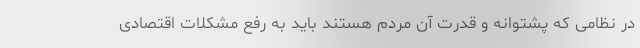
در نظامی که پشتوانه و قدرت آن مردم هستند باید به رفع مشکلات اقتصادی